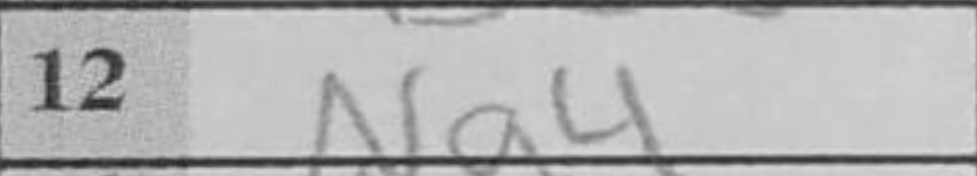
Transcription: Na4